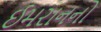
ઈમરાનનો